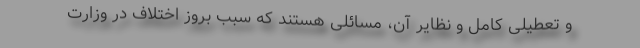
و تعطیلی کامل و نظایر آن، مسائلی هستند که سبب بروز اختلاف در وزارت